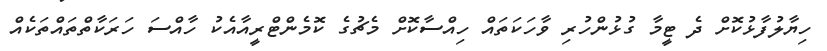
ހިޔާލުފާޅުކޮށް ދެ ޓީމާ ގުޅުންހުރި ވާހަކަތައް ހިއްސާކޮށް މެޗުގެ ކޮމެންޓްރީއާއެކު ހާއްސަ ހަރަކާތްތައްތަކެއް